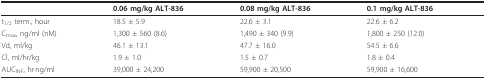
<table><thead><tr><td></td><td><b>0.06 mg/kg ALT-836</b></td><td><b>0.08 mg/kg ALT-836</b></td><td><b>0.1 mg/kg ALT-836</b></td></tr></thead><tbody><tr><td>t<sub>1/2 </sub>term., hour</td><td>18.5 ± 5.9</td><td>22.6 ± 3.1</td><td>22.6 ± 6.2</td></tr><tr><td>C<sub>max</sub>, ng/ml (nM)</td><td>1,300 ± 560 (8.6)</td><td>1,490 ± 340 (9.9)</td><td>1,800 ± 250 (12.0)</td></tr><tr><td>Vd, ml/kg</td><td>46.1 ± 13.1</td><td>47.7 ± 16.0</td><td>54.5 ± 6.6</td></tr><tr><td>Cl, ml/hr/kg</td><td>1.9 ± 1.0</td><td>1.5 ± 0.7</td><td>1.8 ± 0.4</td></tr><tr><td>AUC<sub>INF</sub>, hr·ng/ml</td><td>39,000 ± 24,200</td><td>59,900 ± 20,500</td><td>59,900 ± 16,600</td></tr></tbody></table>